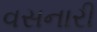
વસનારી